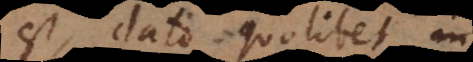
est, dato quolibet in